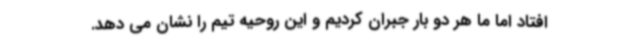
افتاد اما ما هر دو بار جبران کردیم و این روحیه تیم را نشان می دهد.